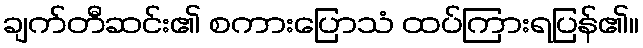
ချက်တီဆင်း၏ စကားပြောသံ ထပ်ကြားရပြန်၏။